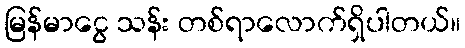
မြန်မာငွေ သန်း တစ်ရာလောက်ရှိပါတယ်။